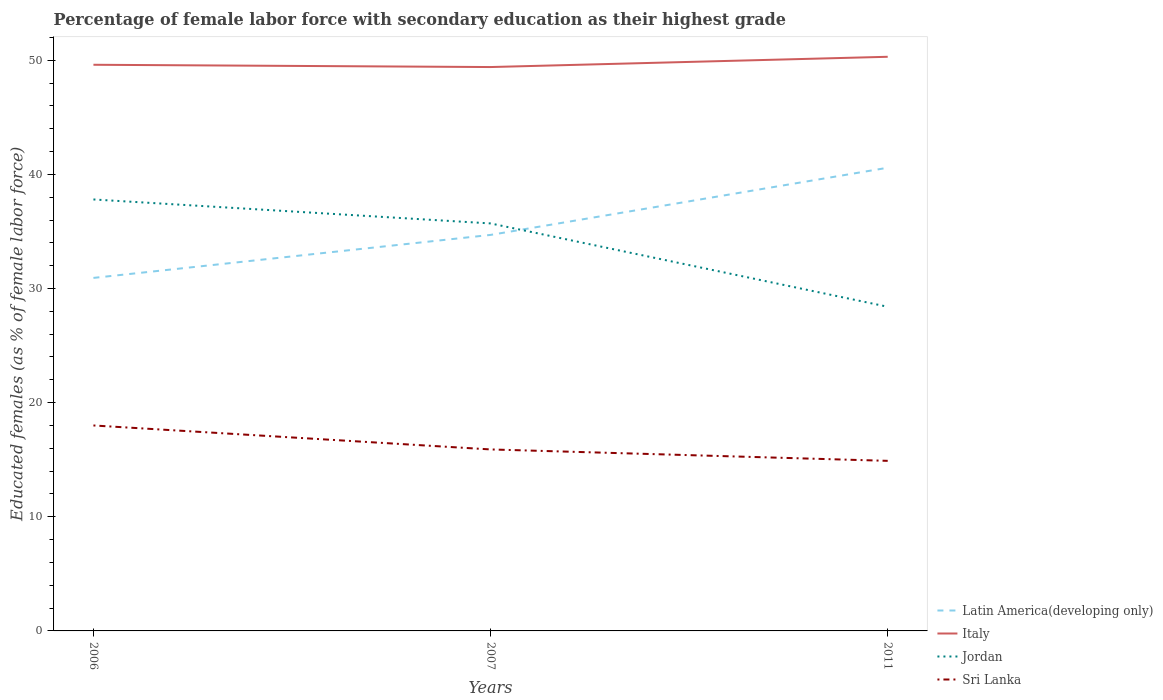
| Years | Latin America(developing only) | Italy | Jordan | Sri Lanka |
 | --- | --- | --- | --- | --- |
 | 2006 | 30.9 | 49.6 | 37.8 | 18 |
 | 2007 | 34.7 | 49.4 | 35.7 | 15.9 |
 | 2011 | 40.6 | 50.3 | 28.4 | 14.9 |